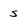
Character: s